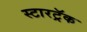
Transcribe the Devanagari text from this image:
स्टारट्रॅक